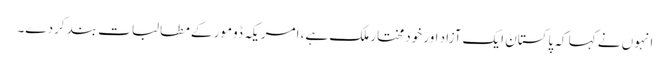
انہوں نے کہا کہ پاکستان ایک آزاد اور خودمختار ملک ہے، امریکہ ڈومور کے مطالبات بند کردے۔